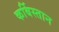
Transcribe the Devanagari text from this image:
कर्बिस्तान